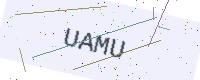
Text: UAMU